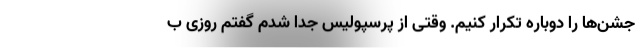
جشن‌ها را دوباره تکرار کنیم. وقتی از پرسپولیس جدا شدم گفتم روزی ب